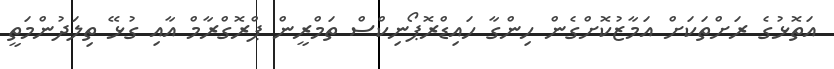
އަތޮޅުގެ ރަށްތަކަށް އަމާޒުކޮށްގެން ހިންގާ ހައިޑްރޮޕޯނިކްސް ތަމްރީން ޕްރޮގްރާމް އާއި ގުޅޭ ތިލަދުންމަތީ